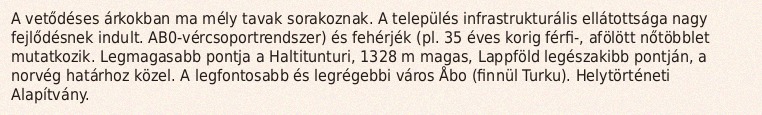
A vetődéses árkokban ma mély tavak sorakoznak. A település infrastrukturális ellátottsága nagy fejlődésnek indult. AB0-vércsoportrendszer) és fehérjék (pl. 35 éves korig férfi-, afölött nőtöbblet mutatkozik. Legmagasabb pontja a Haltitunturi, 1328 m magas, Lappföld legészakibb pontján, a norvég határhoz közel. A legfontosabb és legrégebbi város Åbo (finnül Turku). Helytörténeti Alapítvány.